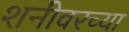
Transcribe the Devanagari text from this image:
शनीवरच्या